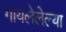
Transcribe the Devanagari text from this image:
गायलेलेल्या